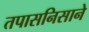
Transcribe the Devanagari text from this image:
तपासनिसाने